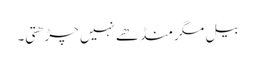
بیل مگر منڈھے نہیں چڑھتی۔